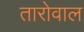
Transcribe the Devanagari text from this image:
तारोवाल